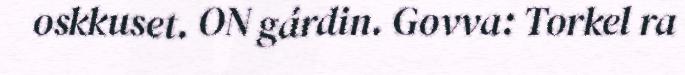
oskkuset. ON gárdin. Govva: Torkel ra